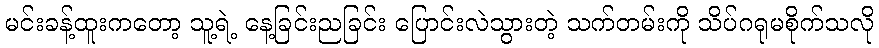
မင်းခန့်ထူးကတော့ သူ့ရဲ့ နေ့ခြင်းညခြင်း ပြောင်းလဲသွားတဲ့ သက်တမ်းကို သိပ်ဂရုမစိုက်သလို